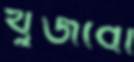
খুজবো